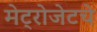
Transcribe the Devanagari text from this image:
मेट्रोजेटचे